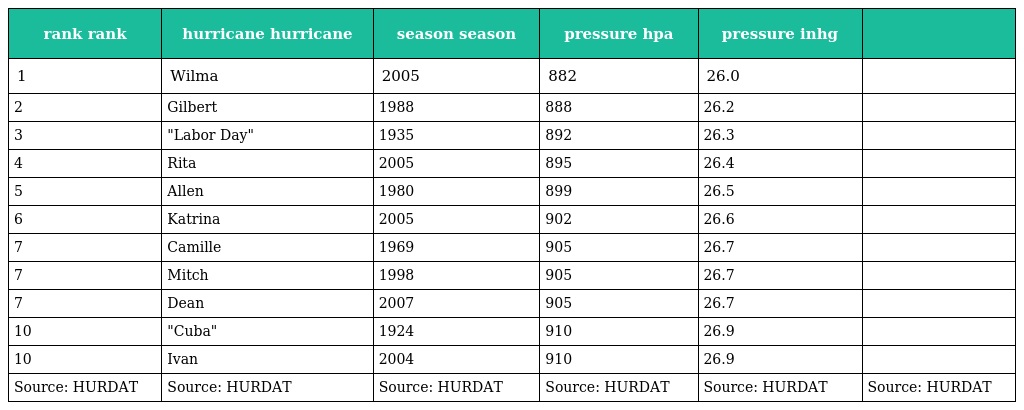
| rank rank | hurricane hurricane | season season | pressure hpa | pressure inhg |  |
 | --- | --- | --- | --- | --- | --- |
 | 1 | Wilma | 2005 | 882 | 26.0 |  |
 | 2 | Gilbert | 1988 | 888 | 26.2 |  |
 | 3 | "Labor Day" | 1935 | 892 | 26.3 |  |
 | 4 | Rita | 2005 | 895 | 26.4 |  |
 | 5 | Allen | 1980 | 899 | 26.5 |  |
 | 6 | Katrina | 2005 | 902 | 26.6 |  |
 | 7 | Camille | 1969 | 905 | 26.7 |  |
 | 7 | Mitch | 1998 | 905 | 26.7 |  |
 | 7 | Dean | 2007 | 905 | 26.7 |  |
 | 10 | "Cuba" | 1924 | 910 | 26.9 |  |
 | 10 | Ivan | 2004 | 910 | 26.9 |  |
 | Source: HURDAT | Source: HURDAT | Source: HURDAT | Source: HURDAT | Source: HURDAT | Source: HURDAT |